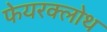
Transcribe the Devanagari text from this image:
फेयरक्लोथ